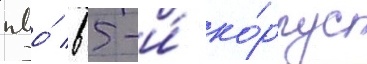
пво́ в 5-и́ ко́рпус